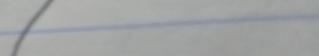
Signature authenticity: forged